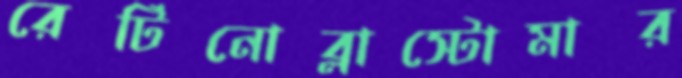
রেটিনোব্লাস্টোমার